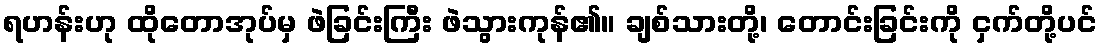
ရဟန်းဟု ထိုတောအုပ်မှ ဖဲခြင်းကြီး ဖဲသွားကုန်၏။ ချစ်သားတို့၊ တောင်းခြင်းကို ငှက်တို့ပင်